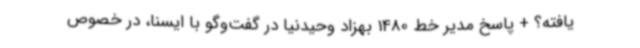
یافته؟ + پاسخ مدیر خط 1480 بهزاد وحیدنیا در گفت‌وگو با ایسنا، در خصوص